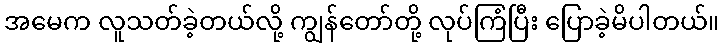
အမေက လူသတ်ခဲ့တယ်လို့ ကျွန်တော်တို့ လုပ်ကြံပြီး ပြောခဲ့မိပါတယ်။